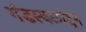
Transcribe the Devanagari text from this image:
गंडस्थळांतून